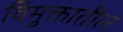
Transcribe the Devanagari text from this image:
विमुक्तातील